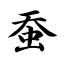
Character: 蚕